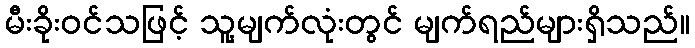
မီးခိုးဝင်သဖြင့် သူ့မျက်လုံးတွင် မျက်ရည်များရှိသည်။